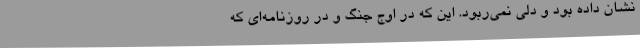
نشان داده بود و دلی نمی‌ربود. این که در اوج جنگ و در روزنامه‌ای که